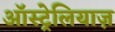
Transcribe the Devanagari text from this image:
ऑस्ट्रेलियाज़